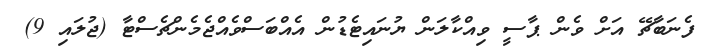
ފެނަބާޗޭ އަށް ވެން ޕާސީ ވިއްކާލަން ޔުނައިޓެޑުން އެއްބަސްވެއްޖެމެންޗެސްޓާ (ޖުލައި 9)